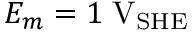
E _ { m } = 1 \; \mathrm { V } _ { \mathrm { S H E } }